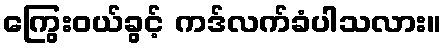
ကြွေးဝယ်ခွင့် ကဒ်လက်ခံပါသလား။